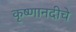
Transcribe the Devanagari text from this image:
कृष्णानदीचे